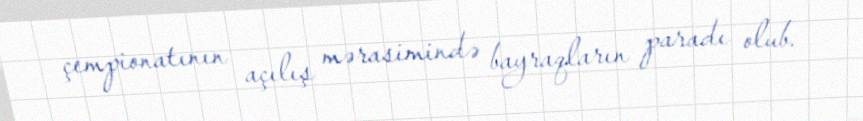
çempionatının açılış mərasimində bayraqların paradı olub.